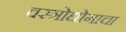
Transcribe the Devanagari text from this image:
वस्त्रोद्योगाचा